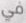
في